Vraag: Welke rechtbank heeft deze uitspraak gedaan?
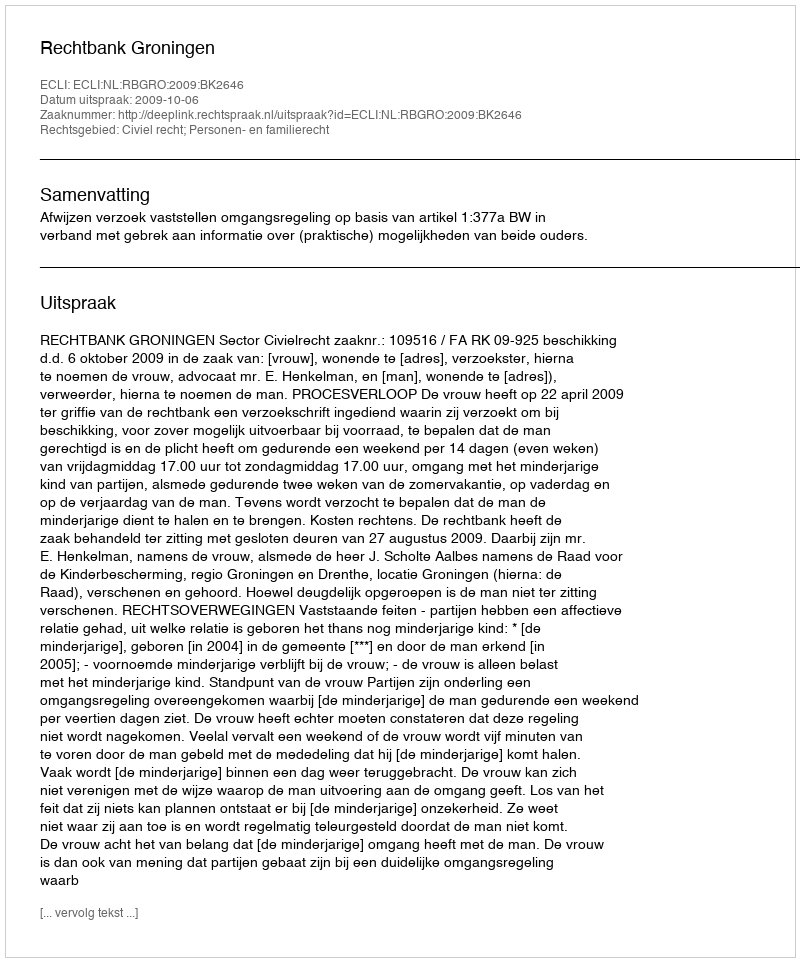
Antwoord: Rechtbank Groningen